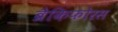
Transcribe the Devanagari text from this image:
ब्रैकिफोरस